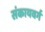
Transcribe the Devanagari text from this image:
संकायवर्ग